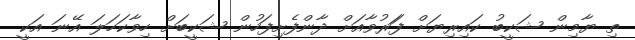
ތި ޔާމިން ޝަކީބު ކައިރިޔަށް ފަަރުވާއަށް ދާންފެށިފަހުން ޝަކީބަށް ހިވާކަހަލަ އޭނަ އަކީ